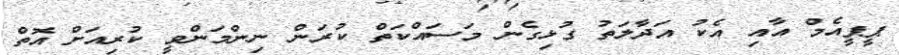
ޕީޕީއެމް އާއި އެކު އަދާލަތު ގުޅިގެން މަސައްކަތް ކުރަން ނިންމަންވީ ކުރިއަށް އޮތް